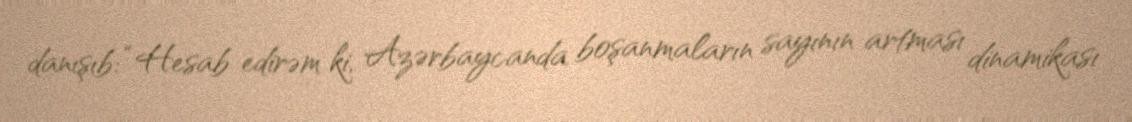
danışıb: “Hesab edirəm ki, Azərbaycanda boşanmaların sayının artması dinamikası